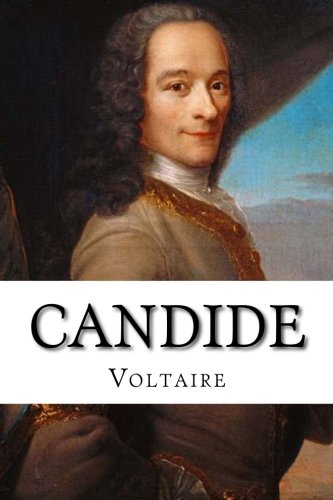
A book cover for Candide; Voltaire; Literature & Fiction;